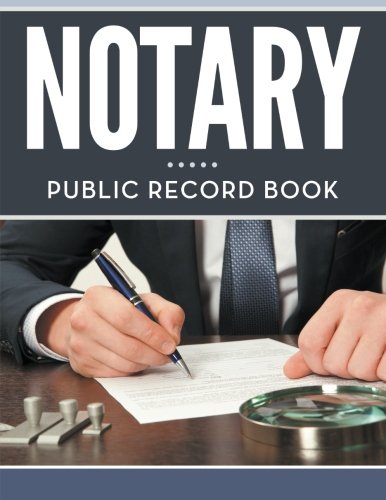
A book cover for Notary Public Record Book; Speedy Publishing LLC; Law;